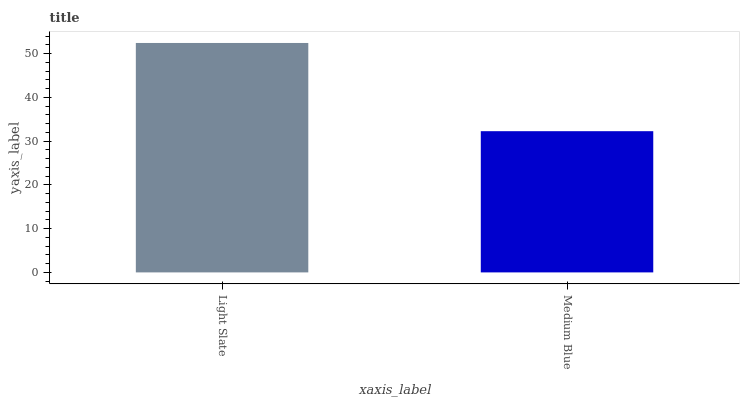
| xaxis_label | bars |
 | --- | --- |
 | Light Slate | 52.4 |
 | Medium Blue | 32.3 |